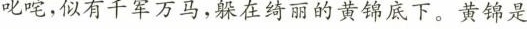
叱咤，似有千军万马，躲在绮丽的黄锦底下。黄锦是